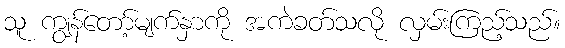
သူ ကျွန်တော့်မျက်နှာကို အကဲခတ်သလို လှမ်းကြည့်သည်။